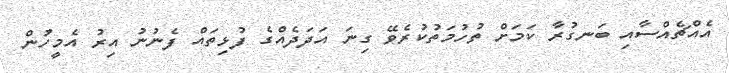
އެއްޗެއްސާއި ބަނގުރާ ކަމަށް ތުހުމަތުކުރެވޭ ގިނަ އަދަދެއްގެ ފުޅިތައް ފެނުނު އިރު އެމީހުން